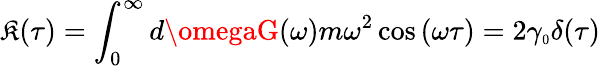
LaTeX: \mathfrak{K}(\tau)=\int_{0}^{\infty}d\omegaG(\omega)m\omega^{2}\cos{(\omega\tau)}=2\gamma_{\scriptscriptstyle0}\delta(\tau)